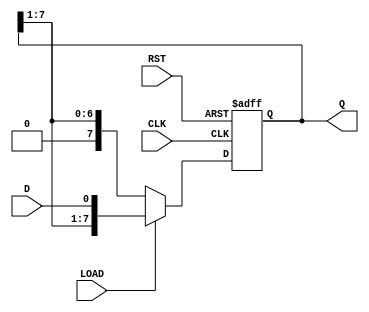
module ParamShiftRegister #(parameter N = 8) (
    input wire CLK,         // Clock signal
    input wire RST,         // Asynchronous reset
    input wire LOAD,        // Load signal
    input wire D,          // Data input
    output reg [N-1:0] Q    // Data output
);

    // Initial block to set the register to zero on reset
    always @(posedge CLK or posedge RST) begin
        if (RST) begin
            Q <= {N{1'b0}};  // Clear the shift register
        end else if (LOAD) begin
            Q <= {Q[N-1:1], D}; // Load new data at LSB and shift right
        end else begin
            Q <= {1'b0, Q[N-1:1]}; // Shift right
        end
    end

endmodule